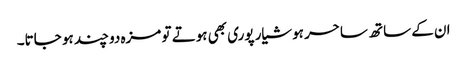
ان کے ساتھ ساحر ہوشیار پوری بھی ہوتے تو مزہ دو چند ہو جاتا۔